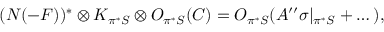
( N ( - F ) ) ^ { * } \otimes K _ { \pi ^ { * } { \cal S } } \otimes { \cal O } _ { \pi ^ { * } { \cal S } } ( C ) = { \cal O } _ { \pi ^ { * } { \cal S } } ( A ^ { \prime \prime } \sigma | _ { \pi ^ { * } { \cal S } } + \dots ) ,